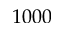
1 0 0 0